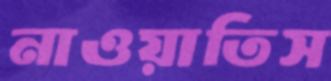
নাওয়াতিস